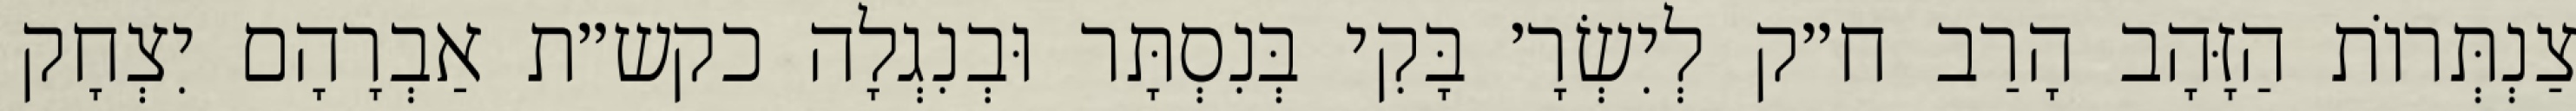
צַנְתְּרוֹת הַזָּהָב הָרַב ח״ק לְיִשְׂרָ׳ בָּקִי בְּנִסְתָּר וּבְנִגְלָה כקש״ת אַבְרָהָם יִצְחָק